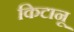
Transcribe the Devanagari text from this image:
किटानू